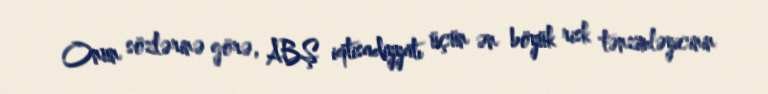
Onun sözlərinə görə, ABŞ iqtisadiyyatı üçün ən böyük risk tənzimləyicinin